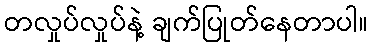
တလှုပ်လှုပ်နဲ့ ချက်ပြုတ်နေတာပါ။